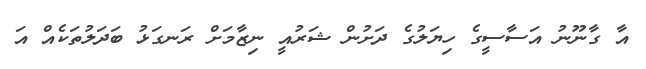
އާ ގާނޫނު އަސާސީގެ ހިޔަލުގެ ދަށުން ޝަރުއީ ނިޒާމަށް ރަނގަޅު ބަދަލުތަކެއް އަ